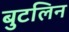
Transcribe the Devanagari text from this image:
बुटलिन